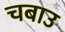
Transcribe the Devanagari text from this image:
चबाउ